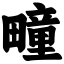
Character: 疃